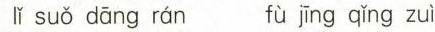
lǐ suǒ dāng rán fù jīng qǐng zuì